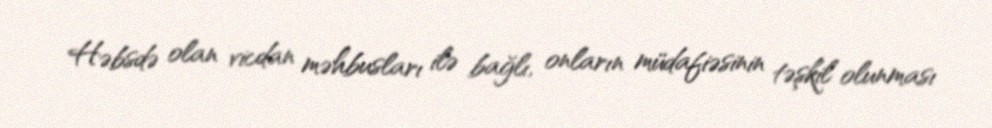
Həbsdə olan vicdan məhbusları ilə bağlı, onların müdafiəsinin təşkil olunması